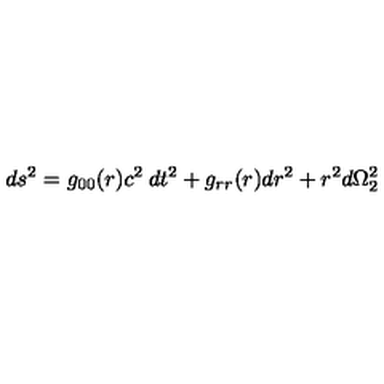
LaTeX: d s ^ { 2 } = g _ { 0 0 } ( r ) c ^ { 2 } \: d t ^ { 2 } + g _ { r r } ( r ) d r ^ { 2 } + r ^ { 2 } d \Omega _ { 2 } ^ { 2 }